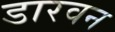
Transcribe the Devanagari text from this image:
डारवन